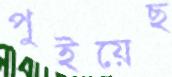
পুইয়েছ